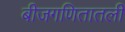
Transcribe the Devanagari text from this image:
बीजगणितातली